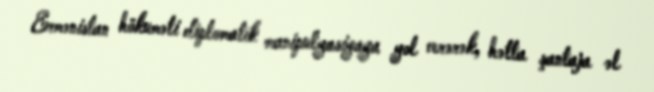
Ermənistan hökuməti diplomatik manipulyasiyaya yol verərək, hətta şantaja əl